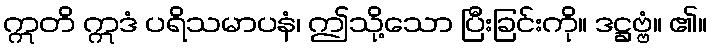
ဣတိ ဣဒံ ပရိသမာပနံ၊ ဤသို့သော ပြီးခြင်းကို။ ဒဋ္ဌဗ္ဗံ။ ၏။